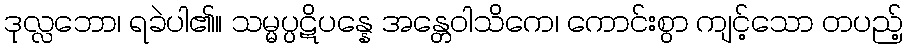
ဒုလ္လဘော၊ ရခဲပါ၏။ သမ္မပ္ပဋိပန္နေ အန္တေဝါသိကေ၊ ကောင်းစွာ ကျင့်သော တပည့်